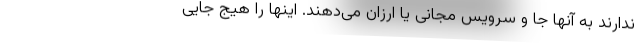
ندارند به آنها جا و سرویس مجانی یا ارزان می‌دهند. اینها را هیج جایی